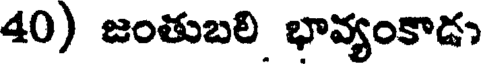
40) జంతుబలి భావ్యంకాడు